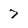
Character: 7